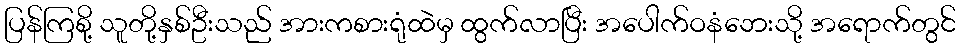
ပြန်ကြစို့ သူတို့နှစ်ဦးသည် အားကစားရုံထဲမှ ထွက်လာပြီး အပေါက်ဝနံဘေးသို့ အရောက်တွင်